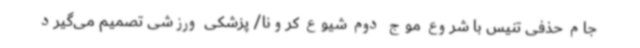
جام حذفی تنیس با شروع موج دوم شیوع کرونا/ پزشکی ورزشی تصمیم می‌گیرد